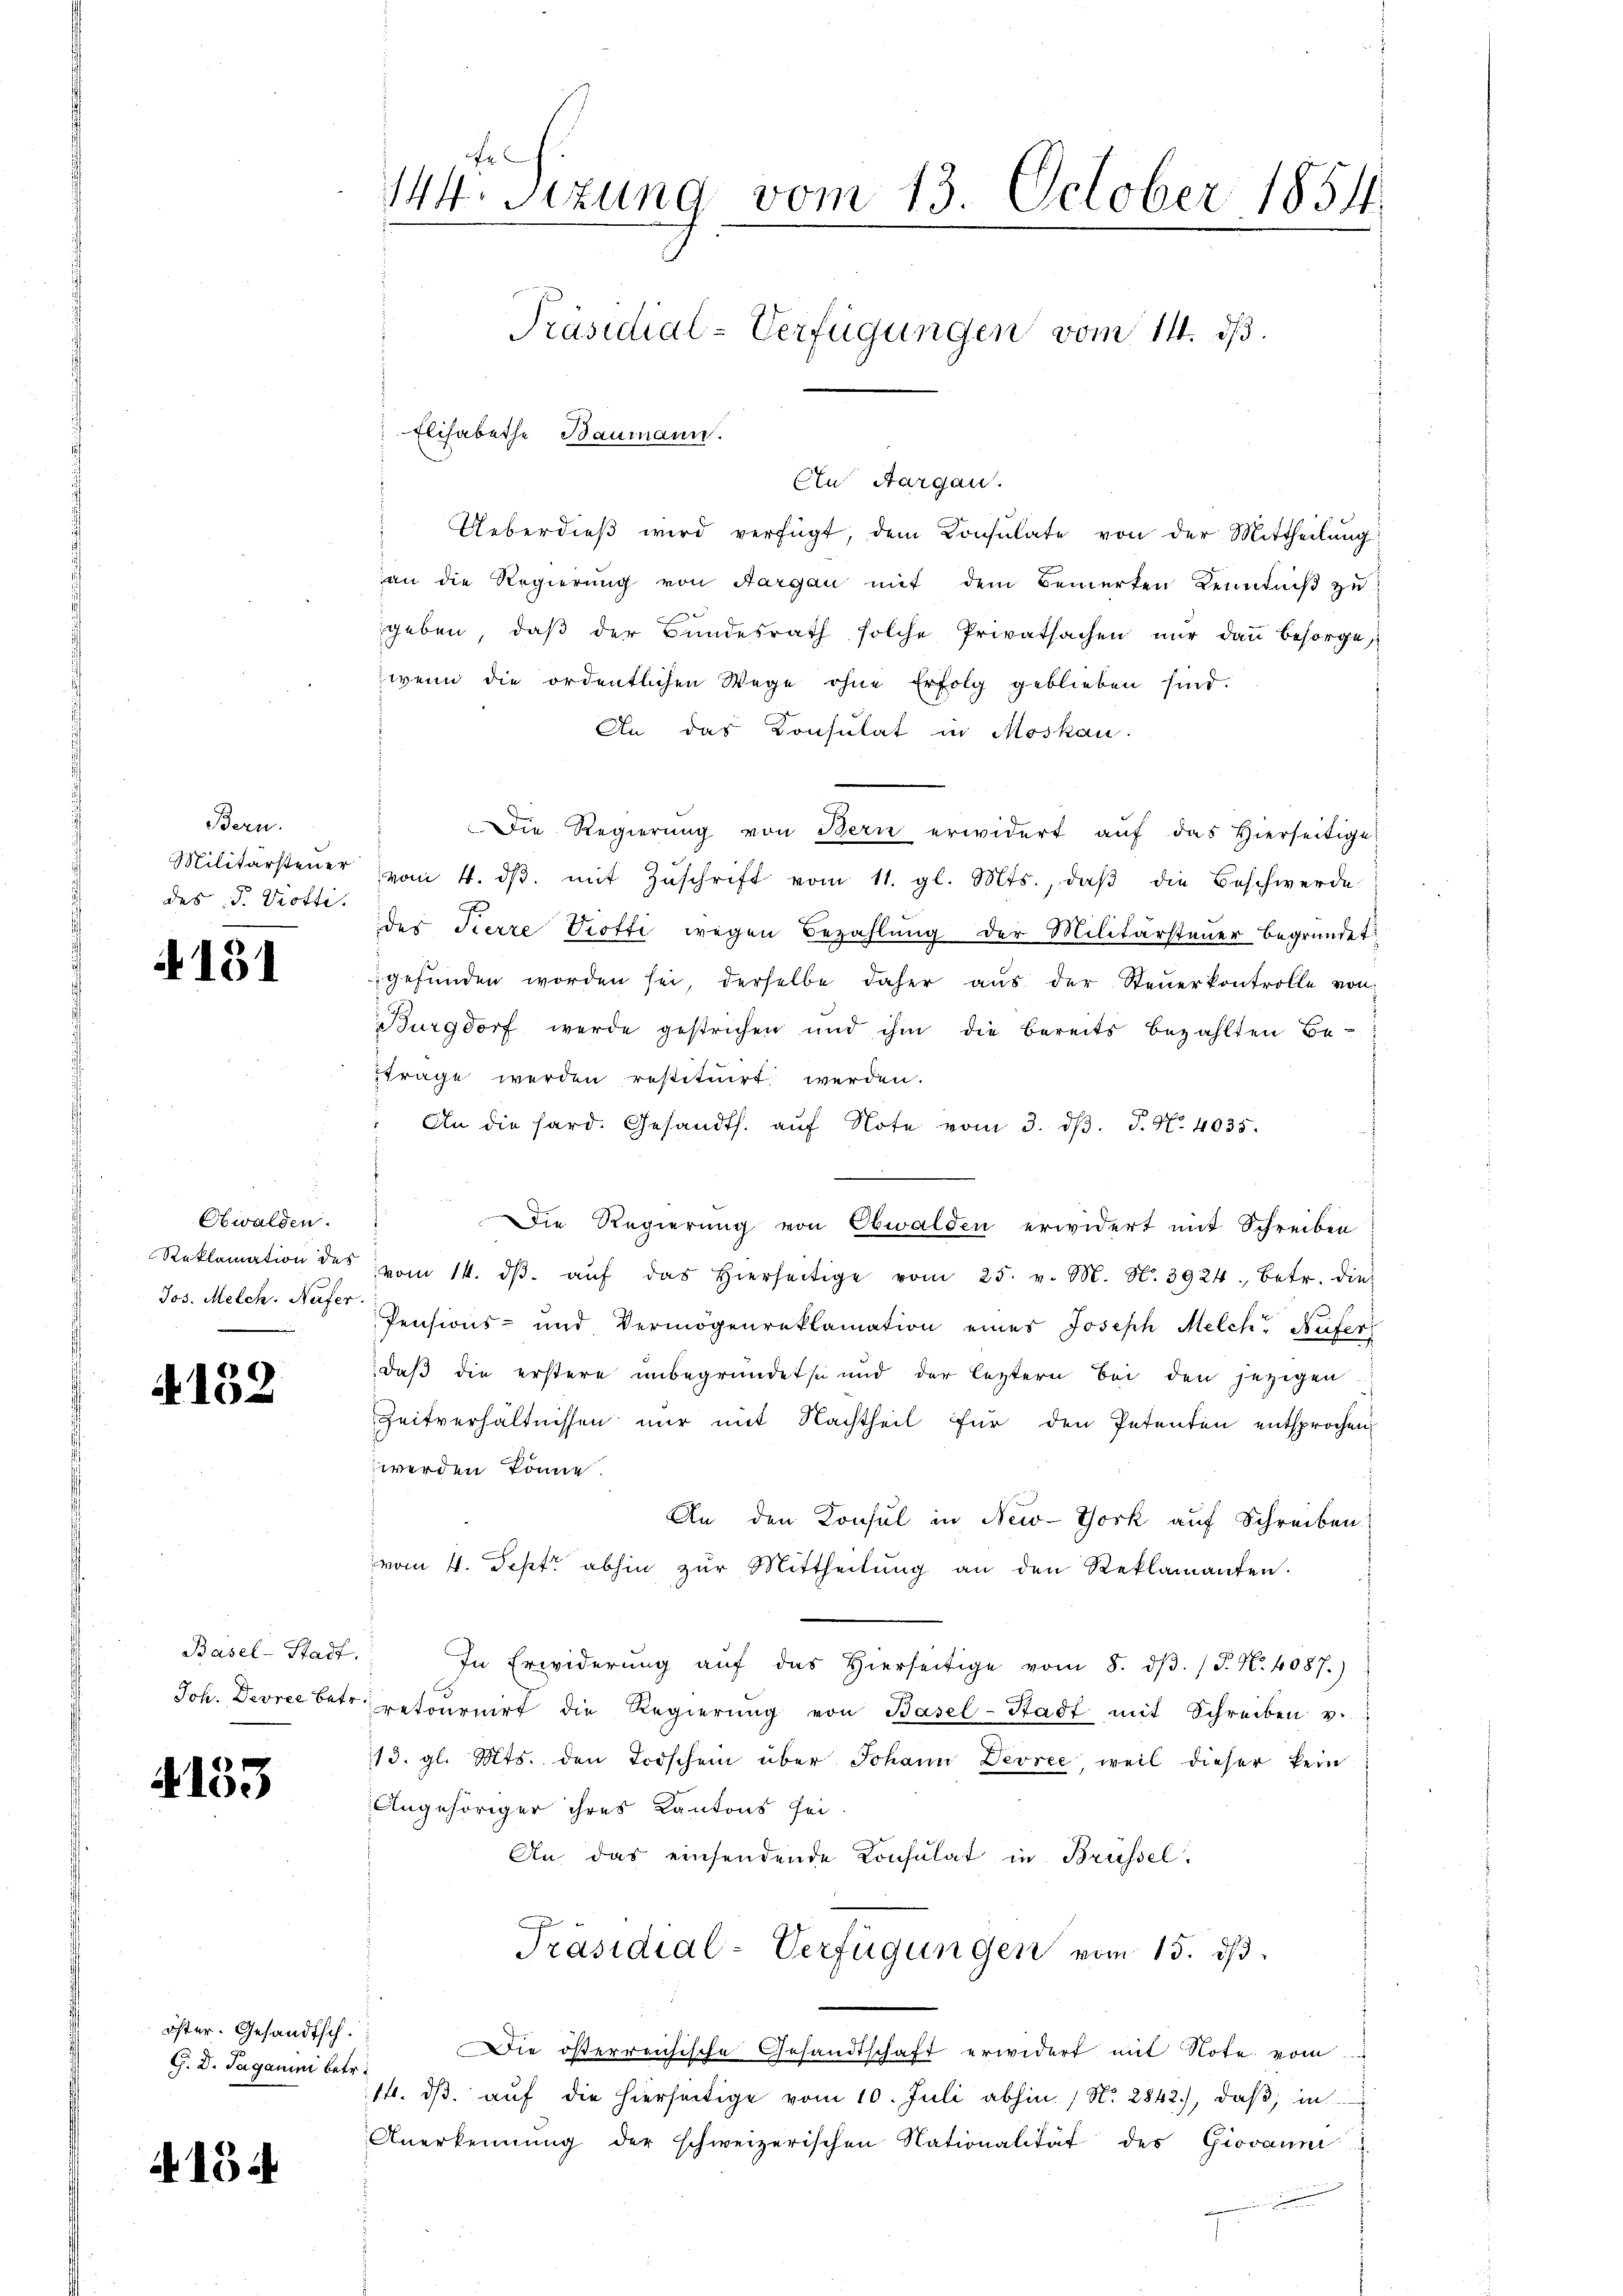
Bern.
Militärsteuer
des J. Trotti.

131

Obwalden.
Reklamation des
Jos. Melch. Nafer.

132

Basel-Stadt
Joh. Devree be¬

4153

öster. Gesandtsch.
G. D. Taganini betr.

A 154

144. Sitzung vom 13. October 1854
Präsidial-Verfügungen vom 14. ds.
 Elisabethe Baumann.

Cn Aargau.
Ueberdieβ wird verfügt, dem Konsulate von der Mittheilŭng
an die Regierung von Aargau mit dem Bemerken Kenntniß zu
geben, daβ der Bŭndesrath solche Privatsachen nŭr dann besorge,
wenn die ordentlichen Wege ohne Erfolg geblieben sind.
An das Konsulat in Moskau
Die Regierung von Bern erwidert aŭf das Hierseitige
vom 4. dβ. mit Zŭschrift vom 11. gl. Mts., daβ die Beschwerde
des Tierre Trotti wegen Bezahlung der Militärsteuer begründet
gefŭnden worden sei derselbe daher aŭs der Steŭerkontrolle von
Burgdorf werde gestrichen und ihm die bereits bezahlten Be-
ftrage werden restituirt werden.
An die hard. Gesandts. aŭf Note vom 3. dβ. P. Nr. 4035.
Die Regierung von Obwalden erwidert mit Schreiben
vom 14. dβ aŭf das hierseitige vom 25. v. M. N. 3924., betr. die
Pensions- und Vermögenreklamation eines Joseph Melche Nufer
daß die erstere unbegründet sei und der leztern bei den jezigen
Zeitverhältnissen nur mit Nachtheil für den Petenten entsprochen
werden könne.
An den Konsul in New-York auf Schreiben
vom 4. Sept. abhin zŭr Mittheilŭng an den Reklamanten.
In Erwiderung aŭf das hierseitige vom 8. dβ. (T. N. 4087.)
retournirt die Regierŭng von Basel-Stadt mit Schreiben v.
113. gl. Mts. den Todschein über Johann Devree, weil dieser kein
Angehöriger ihres Kantons sei.
An das einsendende Konsulat in Brüssel.
Präsidial-Verfügungen vom 15. ds.
Die österreichische Gesandtschaft erwidert mit Note vom
14. dβ aŭf die hierseitige vom 10. Juli abhin / N. 2842), daβ in
Anerkennung der schweizerischen Nationalität des Giovanni
.